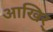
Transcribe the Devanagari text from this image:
आखिर्